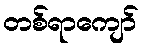
တစ်ရာကျော်